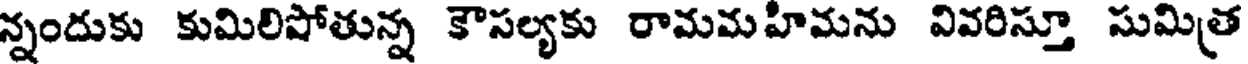
న్నందుకు కుమిలిషోతున్న కౌసల్యకు రామమహిమను వివరిస్తూ సుమిత్ర